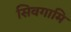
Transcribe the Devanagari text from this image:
सिवगामि